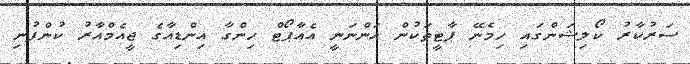
ސަރުކާރު ކޯލިޝަންގައި ހިމެނޭ ޕާޓީތަކުން އަންނަނީ އެއާޕޯޓް ހިންގާ އިންޑިއާގެ ޖީއެމްއާރު ކުންފުނި